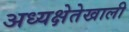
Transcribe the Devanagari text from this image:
अध्यक्षेतेखाली